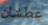
عطشان